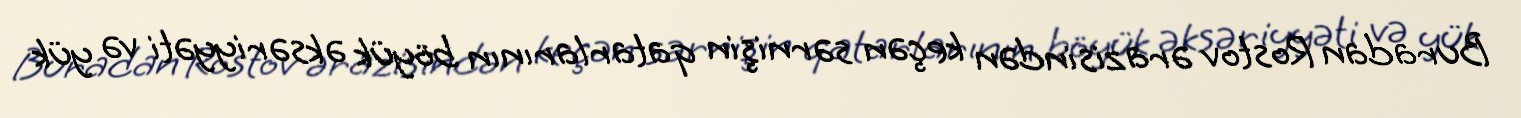
Buradan Rostov ərazisindən keçən sərnişin qatarlarının böyük əksəriyyəti və yük